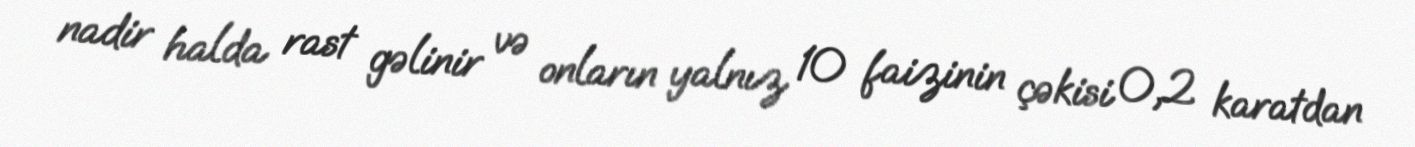
nadir halda rast gəlinir və onların yalnız 10 faizinin çəkisi 0,2 karatdan